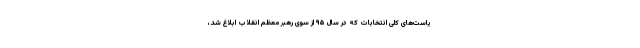
یاست‌های کلی انتخابات که در سال ۹۵ از سوی رهبر معظم انقلاب ابلاغ شد،